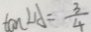
\tan \angle A = \frac { 3 } { 4 }